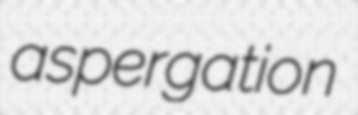
aspergation